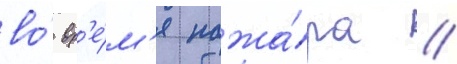
во́ вр'е́м'я пожа́ра //